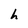
Character: h